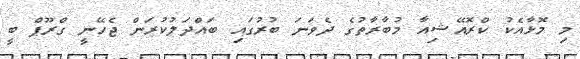
މި މޮޅާއެކު ކްރޮއޭޝިއާ މުބާރާތުގެ ދެވަނަ ބުރުގައި ބައްދަލުކުރަން ޖެހޭނީ ގްރޫޕް ބީ